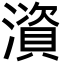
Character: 澬